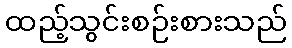
ထည့်သွင်းစဉ်းစားသည်